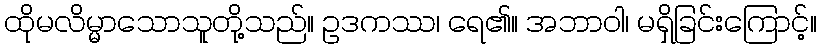
ထိုမလိမ္မာသောသူတို့သည်။ ဥဒကဿ၊ ရေ၏။ အဘာဝါ၊ မရှိခြင်းကြောင့်။